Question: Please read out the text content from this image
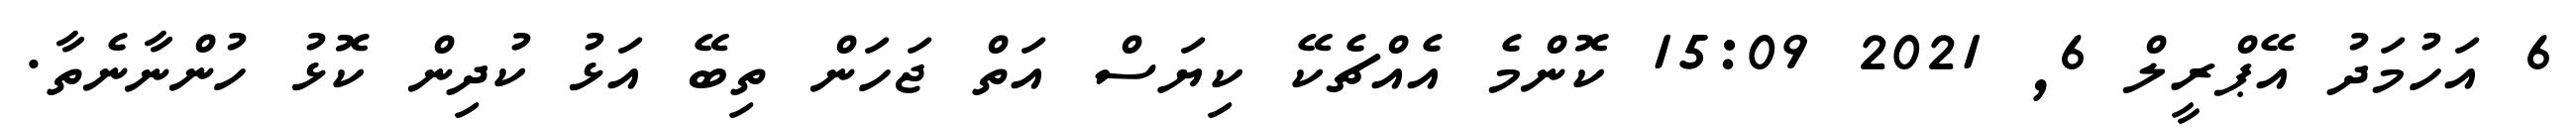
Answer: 6 އަހުމަދު އޭޕްރީލް 6, 2021 15:09 ކޮންމެ އެއްޗެކޭ ކިޔަސް އަތް ޖަހަން ތިބޭ އަޅު ކުދިން ކޮޅު ހުންނާނެތާ.